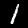
Label: 1